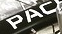
PAC